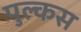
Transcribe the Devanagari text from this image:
पुल्कस